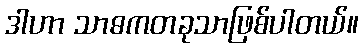
ဒါဟာ သာဓကတခုသာဖြစ်ပါတယ်။